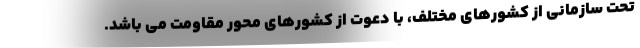
تحت سازمانی از کشورهای مختلف، با دعوت از کشورهای محور مقاومت می باشد.